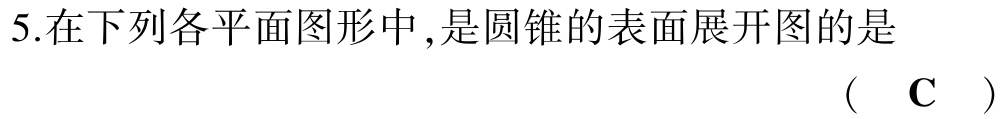
5.在下列各平面图形中,是圆锥的表面展开图的是

（ C ）